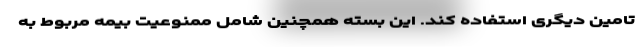
تامین دیگری استفاده کند. این بسته همچنین شامل ممنوعیت بیمه مربوط به